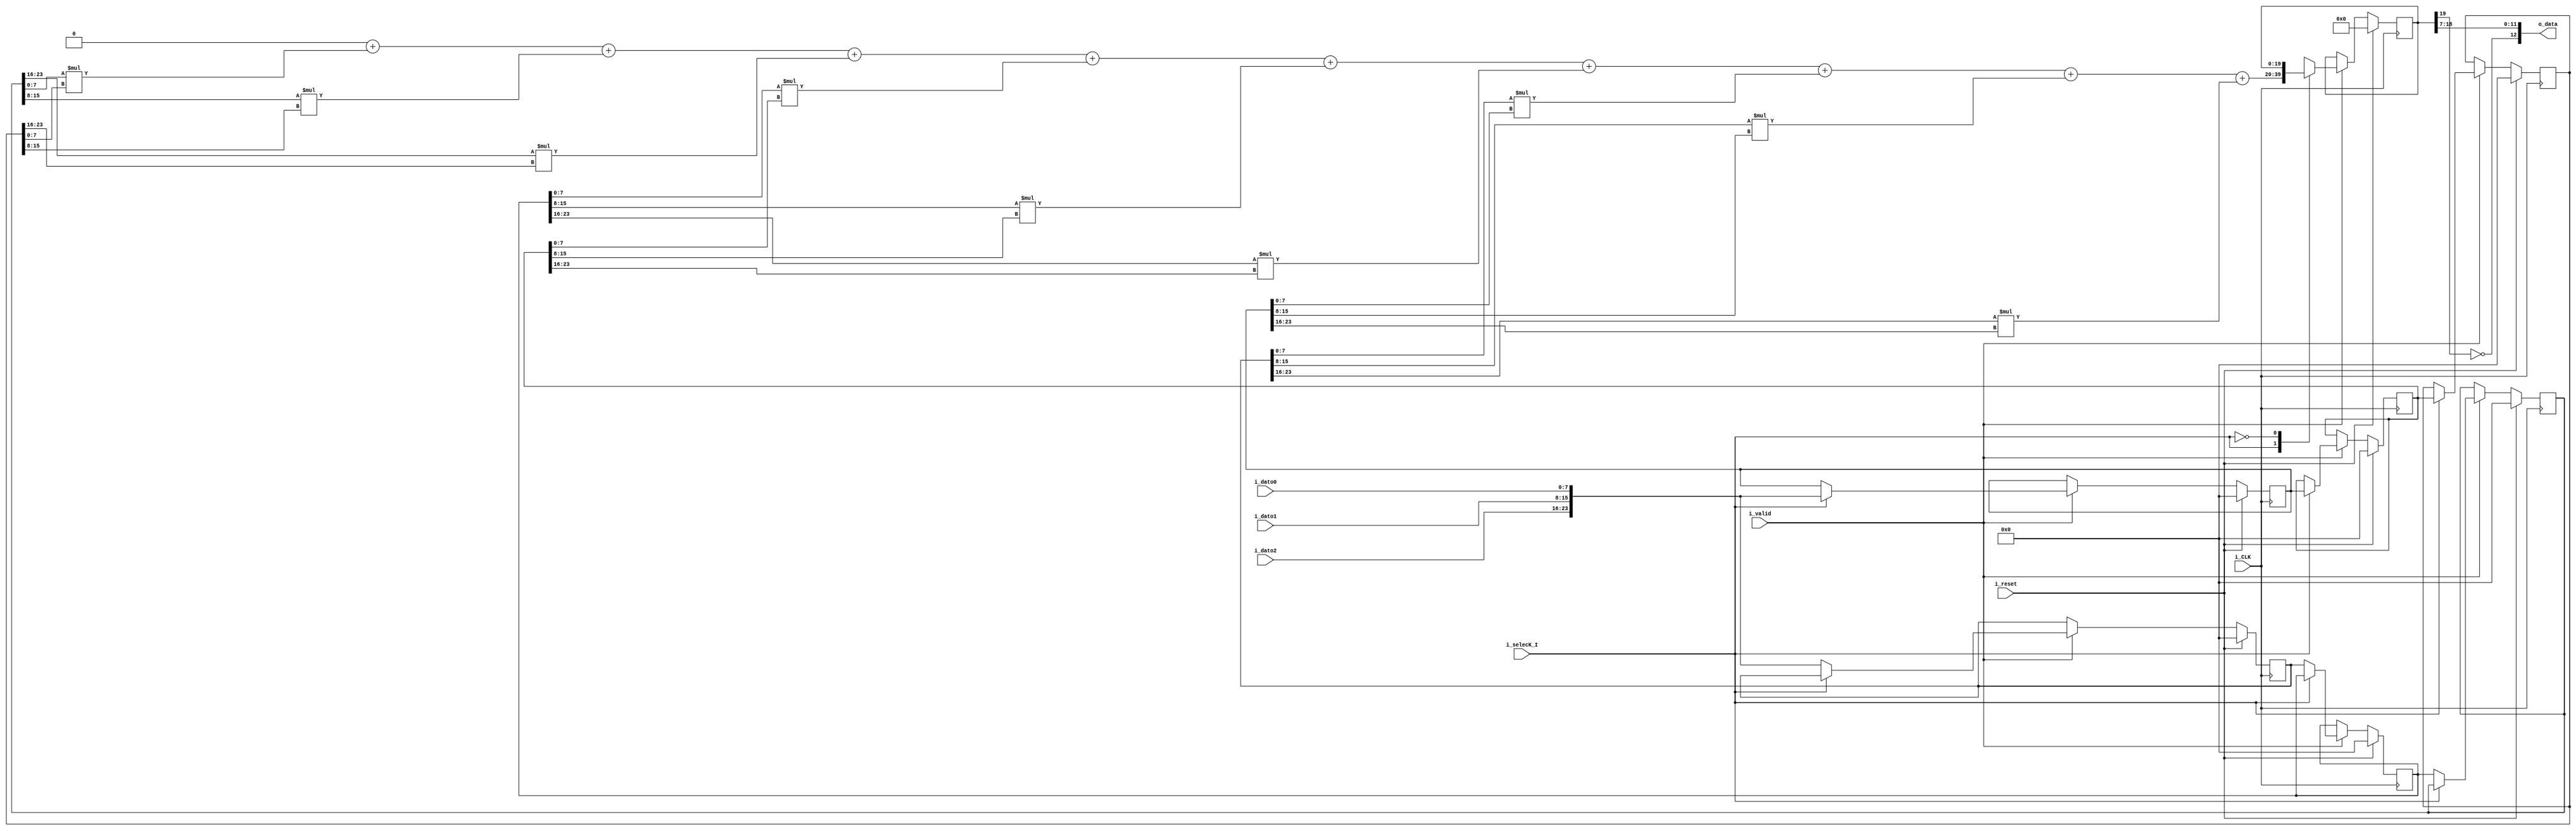
`timescale 1ns / 1ps

`define BIT_LEN 8
`define CONV_LEN 20
`define CONV_LPOS 13
`define M_LEN 3

module Convolutor#(
    parameter BIT_LEN =`BIT_LEN,
    parameter CONV_LEN =`CONV_LEN,
    parameter CONV_LPOS = `CONV_LPOS,
    parameter M_LEN = `M_LEN
    )(
    output [CONV_LPOS-1:0] o_data,
    input [BIT_LEN-1:0] i_dato0,
    input [BIT_LEN-1:0] i_dato1,
    input [BIT_LEN-1:0] i_dato2,
    input i_selecK_I,
    input i_reset,
    input i_valid,
    input i_CLK
    );
    // registros del kernel
    // [j][i] Primero columnas luego filas
    reg signed [3*BIT_LEN-1:0] kernel [0:M_LEN-1];    
    // registros de la imagen
    reg signed [3*BIT_LEN-1:0] imagen [0:M_LEN-1];

    // resultado
    reg [CONV_LEN-1:0]  conv_reg;

    // reg de la convolucion
    reg signed [CONV_LEN-1:0] resultado;
    
    //  el resto de los cables    
    wire clk, selecK_I, rst, valid;

    integer ptr_row;
    integer ptr_column;

    assign clk = i_CLK;
    assign selecK_I = i_selecK_I; //KI=0 modo kernle k=1 modo imagen
    assign rst = i_reset;
    assign valid = i_valid;

    //Asigancion de Convolucion a la salida
    assign {o_data[CONV_LPOS-1],o_data[CONV_LPOS-2:0]}= {~conv_reg[CONV_LEN-1], conv_reg[CONV_LEN-2 : CONV_LEN-CONV_LPOS]};

    always @( posedge clk) begin
        if(rst) begin
            //reset valores de imagen
            imagen[0]<=24'h0;
            imagen[1]<=24'h0;
            imagen[2]<=24'h0;
            //reser valores de kernel
            kernel[0]<=24'h0;
            kernel[1]<=24'h0;
            kernel[2]<=24'h0;
            //regitro de la convolucion
            conv_reg<=0;
        end
        else if(valid)begin
            case (selecK_I)
                1'b1: begin
                    // imagen
                    imagen[0]<=imagen[1];
                    imagen[1]<=imagen[2];
                    imagen[2]<={i_dato2,i_dato1,i_dato0};
                    //latcheo de la salida 
                    conv_reg<= resultado;
                    //conv_reg<= resultado;
                end
                1'b0: begin
                    //kernel
                    kernel[0]<=kernel[1];
                    kernel[1]<=kernel[2];
                    kernel[2]<={i_dato2,i_dato1,i_dato0};
                    //salida
                    conv_reg<=conv_reg;

                end
            endcase
        end
        else begin 
            //imagen 
            imagen[0]<=imagen[0];
            imagen[1]<=imagen[1];
            imagen[2]<=imagen[2];
            //kernel
            kernel[0]<=kernel[0];
            kernel[1]<=kernel[1];
            kernel[2]<=kernel[2];
            //matengo el lacheo
            conv_reg<=conv_reg;
        end
    end
    
    //Arbol de Suma
    always @(*) begin

        resultado = 20'h0;
        for(ptr_row = 0 ; ptr_row < 3 ; ptr_row=ptr_row+1) 
        begin : SumaYMult
            for (ptr_column = 0 ; ptr_column < 3; ptr_column=ptr_column+1) 
            begin: SumaTop
                resultado = resultado + $signed(kernel[ptr_row][(ptr_column+1)*BIT_LEN-1 -: BIT_LEN])*
                                        $signed(imagen[ptr_row][(ptr_column+1)*BIT_LEN-1 -: BIT_LEN]);
            end
        end
        
    end
endmodule